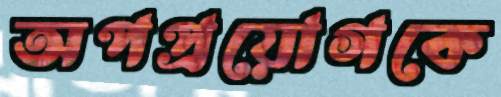
অপপ্রয়োগকে